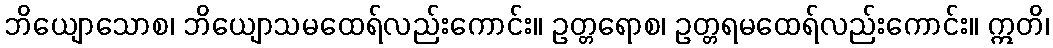
ဘိယျောသောစ၊ ဘိယျောသမထေရ်လည်းကောင်း။ ဥတ္တရောစ၊ ဥတ္တရမထေရ်လည်းကောင်း။ ဣတိ၊